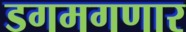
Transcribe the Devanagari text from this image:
डगमगणार